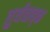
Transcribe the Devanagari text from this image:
तुर्यवाद्क